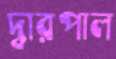
দ্বারপাল